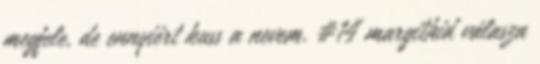
megfele, de ennyiért kuss a nevem. #14 margithid válasza